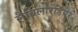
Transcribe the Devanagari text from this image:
लैबिलारडियेर